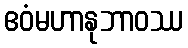
ဧဝံမဟာနုဘာဝဿ